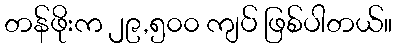
တန်ဖိုးက ၂၉,၅၀၀ ကျပ် ဖြစ်ပါတယ်။